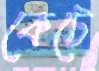
কেটে